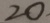
2 0